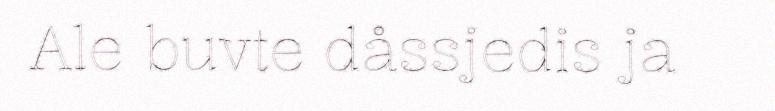
Ale buvte dåssjedis ja